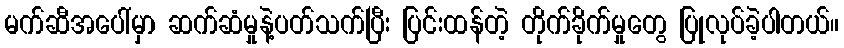
မက်ဆီအပေါ်မှာ ဆက်ဆံမှုနဲ့ပတ်သက်ပြီး ပြင်းထန်တဲ့ တိုက်ခိုက်မှုတွေ ပြုလုပ်ခဲ့ပါတယ်။